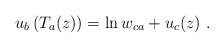
\begin{align*}u_b\left( T_a(z)\right) =\ln w_{ca}+u_c(z)\ .\end{align*}